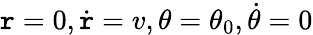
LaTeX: \mathtt{r}=0,{\dot{{\mathtt{r}}}}=v,\theta=\theta_{0},{\dot{{\theta}}}=0